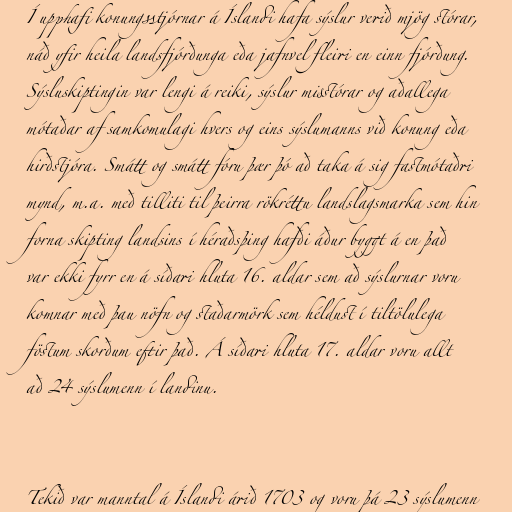
Í upphafi konungsstjórnar á Íslandi hafa sýslur verið mjög stórar,
náð yfir heila landsfjórðunga eða jafnvel fleiri en einn fjórðung.
Sýsluskiptingin var lengi á reiki, sýslur misstórar og aðallega
mótaðar af samkomulagi hvers og eins sýslumanns við konung eða
hirðstjóra. Smátt og smátt fóru þær þó að taka á sig fastmótaðri
mynd, m.a. með tilliti til þeirra rökréttu landslagsmarka sem hin
forna skipting landsins í héraðsþing hafði áður byggt á en það
var ekki fyrr en á síðari hluta 16. aldar sem að sýslurnar voru
komnar með þau nöfn og staðarmörk sem héldust í tiltölulega
föstum skorðum eftir það. Á síðari hluta 17. aldar voru allt
að 24 sýslumenn í landinu.

Tekið var manntal á Íslandi árið 1703 og voru þá 23 sýslumenn